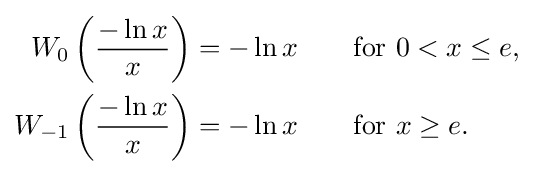
{\begin{aligned}W_{0}\left({\frac {-\ln x}{x}}\right)&=-\ln x\quad &{\text{for }}&0<x\leq e,\\W_{-1}\left({\frac {-\ln x}{x}}\right)&=-\ln x\quad &{\text{for }}&x\geq e.\end{aligned}}